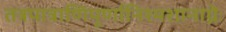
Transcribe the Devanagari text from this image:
तत्रपात्राणिपूर्णानिश्मशानाग्नेः